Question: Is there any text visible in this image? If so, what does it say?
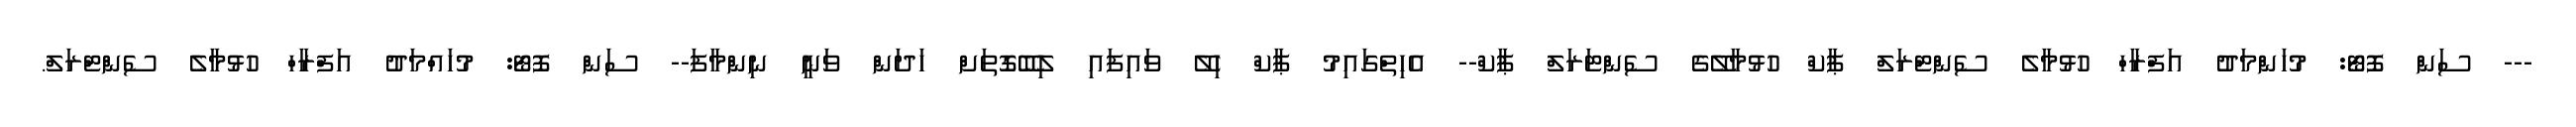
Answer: --- ސަން ފޮޓޯ: މުހަންމަދު އަފްރާހް ހުޅުމާލެ ސެންޓްރަލް ޕާކް ހުޅުމާލޭގެ ސެންޓަރަލް ޕާކް-- އެހިތްގައިމު ޕާކް ހިލޭ ވައިފައި ލިބޭގޮތަށް ހަދަން ވަނީ ނިންމާފަ-- ސަން ފޮޓޯ: މުހައްމަދު އަފްރާހް ހުޅުމާލެ ސެންޓްރަލް.